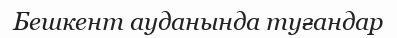
Бешкент ауданында туғандар